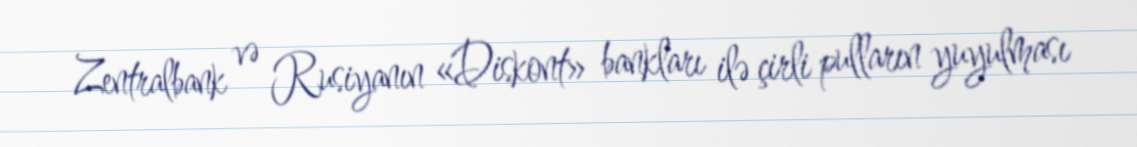
Zentralbank və Rusiyanın «Diskont» bankları ilə çirli pulların yuyulması